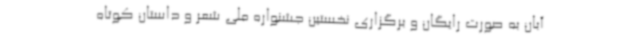
آبان به صورت رایگان و برگزاری نخستین جشنواره ملی شعر و داستان کوتاه